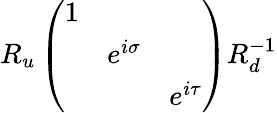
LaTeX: R_{u}\left(\begin{array}{ccc}{{1}}&{{}}&{{}}\\ {{}}&{{e^{i\sigma}}}&{{}}\\ {{}}&{{}}&{{e^{i\tau}}}\end{array}\right)R_{d}^{-1}